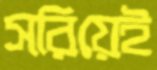
সরিয়েই